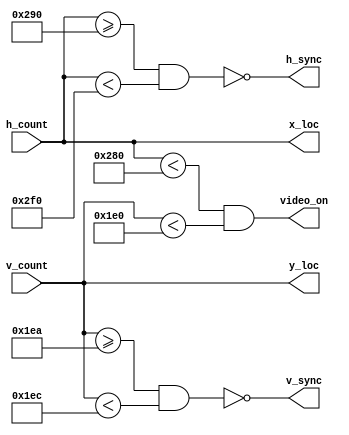
module vga_sync(
  input [9:0] h_count,
  input [9:0] v_count,
  output h_sync,
  output v_sync,
  output video_on,
  output [9:0] x_loc,
  output [9:0] y_loc);
  //horizontal
  localparam HD = 640;
  localparam HF = 16;
  localparam HB = 48;
  localparam HR = 96;
  
  //vertical
  localparam VD = 480;
  localparam VF = 10;
  localparam VB = 33;
  localparam VR = 2;
  assign video_on = (h_count<640 && v_count<480);
  
  assign h_sync = ~(h_count>=656 && h_count<752) ;
  assign v_sync = ~(v_count>=490 && v_count<492) ;
  assign x_loc = h_count;
  assign y_loc = v_count;
  
endmodule